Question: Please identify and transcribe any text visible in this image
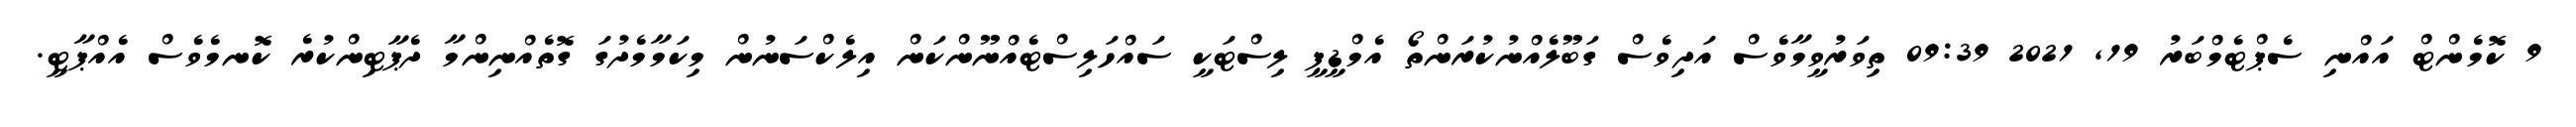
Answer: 9 ކޮމެންޓް އައްނި ސެޕްޓެމްބަރު 19, 2021 09:39 ތިވަރުވީމާވެސް އަދިވެސް ގަބޫލެއްނުކުރަންތޯ އެމްޑީޕީ ލިސްޓަކީ ސައްހަލިސްޓެއްނޫންކަން އިލެކްސަނުން މިކަމާމެދުގަ ގޮތެއްނިންމާ ދެޕާޓިންކުރެ ކޮނމެވެސް އެއްޕާޓީ.